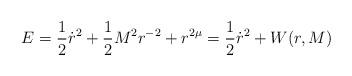
LaTeX: \begin{align*}E=\frac{1}{2}\dot{r}^2+{\frac{1}{2}}M^2r^{-2}+r^{2\mu}= \frac{1}{2}\dot{r}^2+W(r,M)\end{align*}